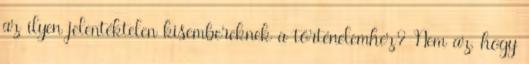
az ilyen jelentéktelen kisembereknek a történelemhez? Nem az, hogy